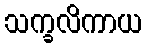
သက္ခလိကာယ